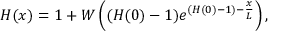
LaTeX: H ( x ) = 1 + W \left( ( H ( 0 ) - 1 ) e ^ { ( H ( 0 ) - 1 ) - { \frac { x } { L } } } \right) ,